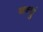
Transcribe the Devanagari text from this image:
बन्धुं